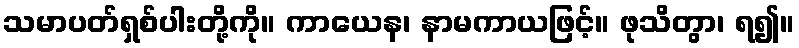
သမာပတ်ရှစ်ပါးတို့ကို။ ကာယေန၊ နာမကာယဖြင့်။ ဖုသိတွာ၊ ရ၍။